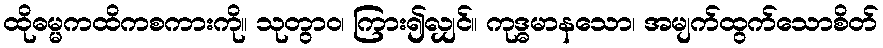
ထိုဓမ္မကထိကစကားကို။ သုတွာဝ၊ ကြား၍လျှင်။ ကုဒ္ဓမာနသော၊ အမျက်ထွက်သောစိတ်